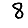
Digit: 8